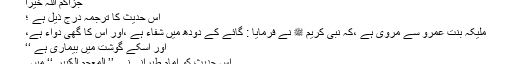
جزاکم اللہ خیرا
اس حدیث کا ترجمہ درج ذیل ہے ؛
ملیکہ بنت عمرو سے مروی ہے ،کہ نبی کریم ﷺ نے فرمایا : گائے کے دودھ میں شفاء ہے ،اور اس کا گھی دواء ہے،
اور اسکے گوشت میں بیماری ہے ‘‘
اس حدیث کو امام طبرانی نے ’’ المعجم الکبیر ‘‘ میں ۔